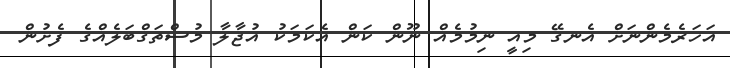
އަހަރެމެންނަށް އެނގޭ މިއީ ނިމުމެއް ނޫން ކަން އެކަމަކު އުޖާލާ މުސްތަގްބަލެއްގެ ފެށުން